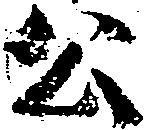
公